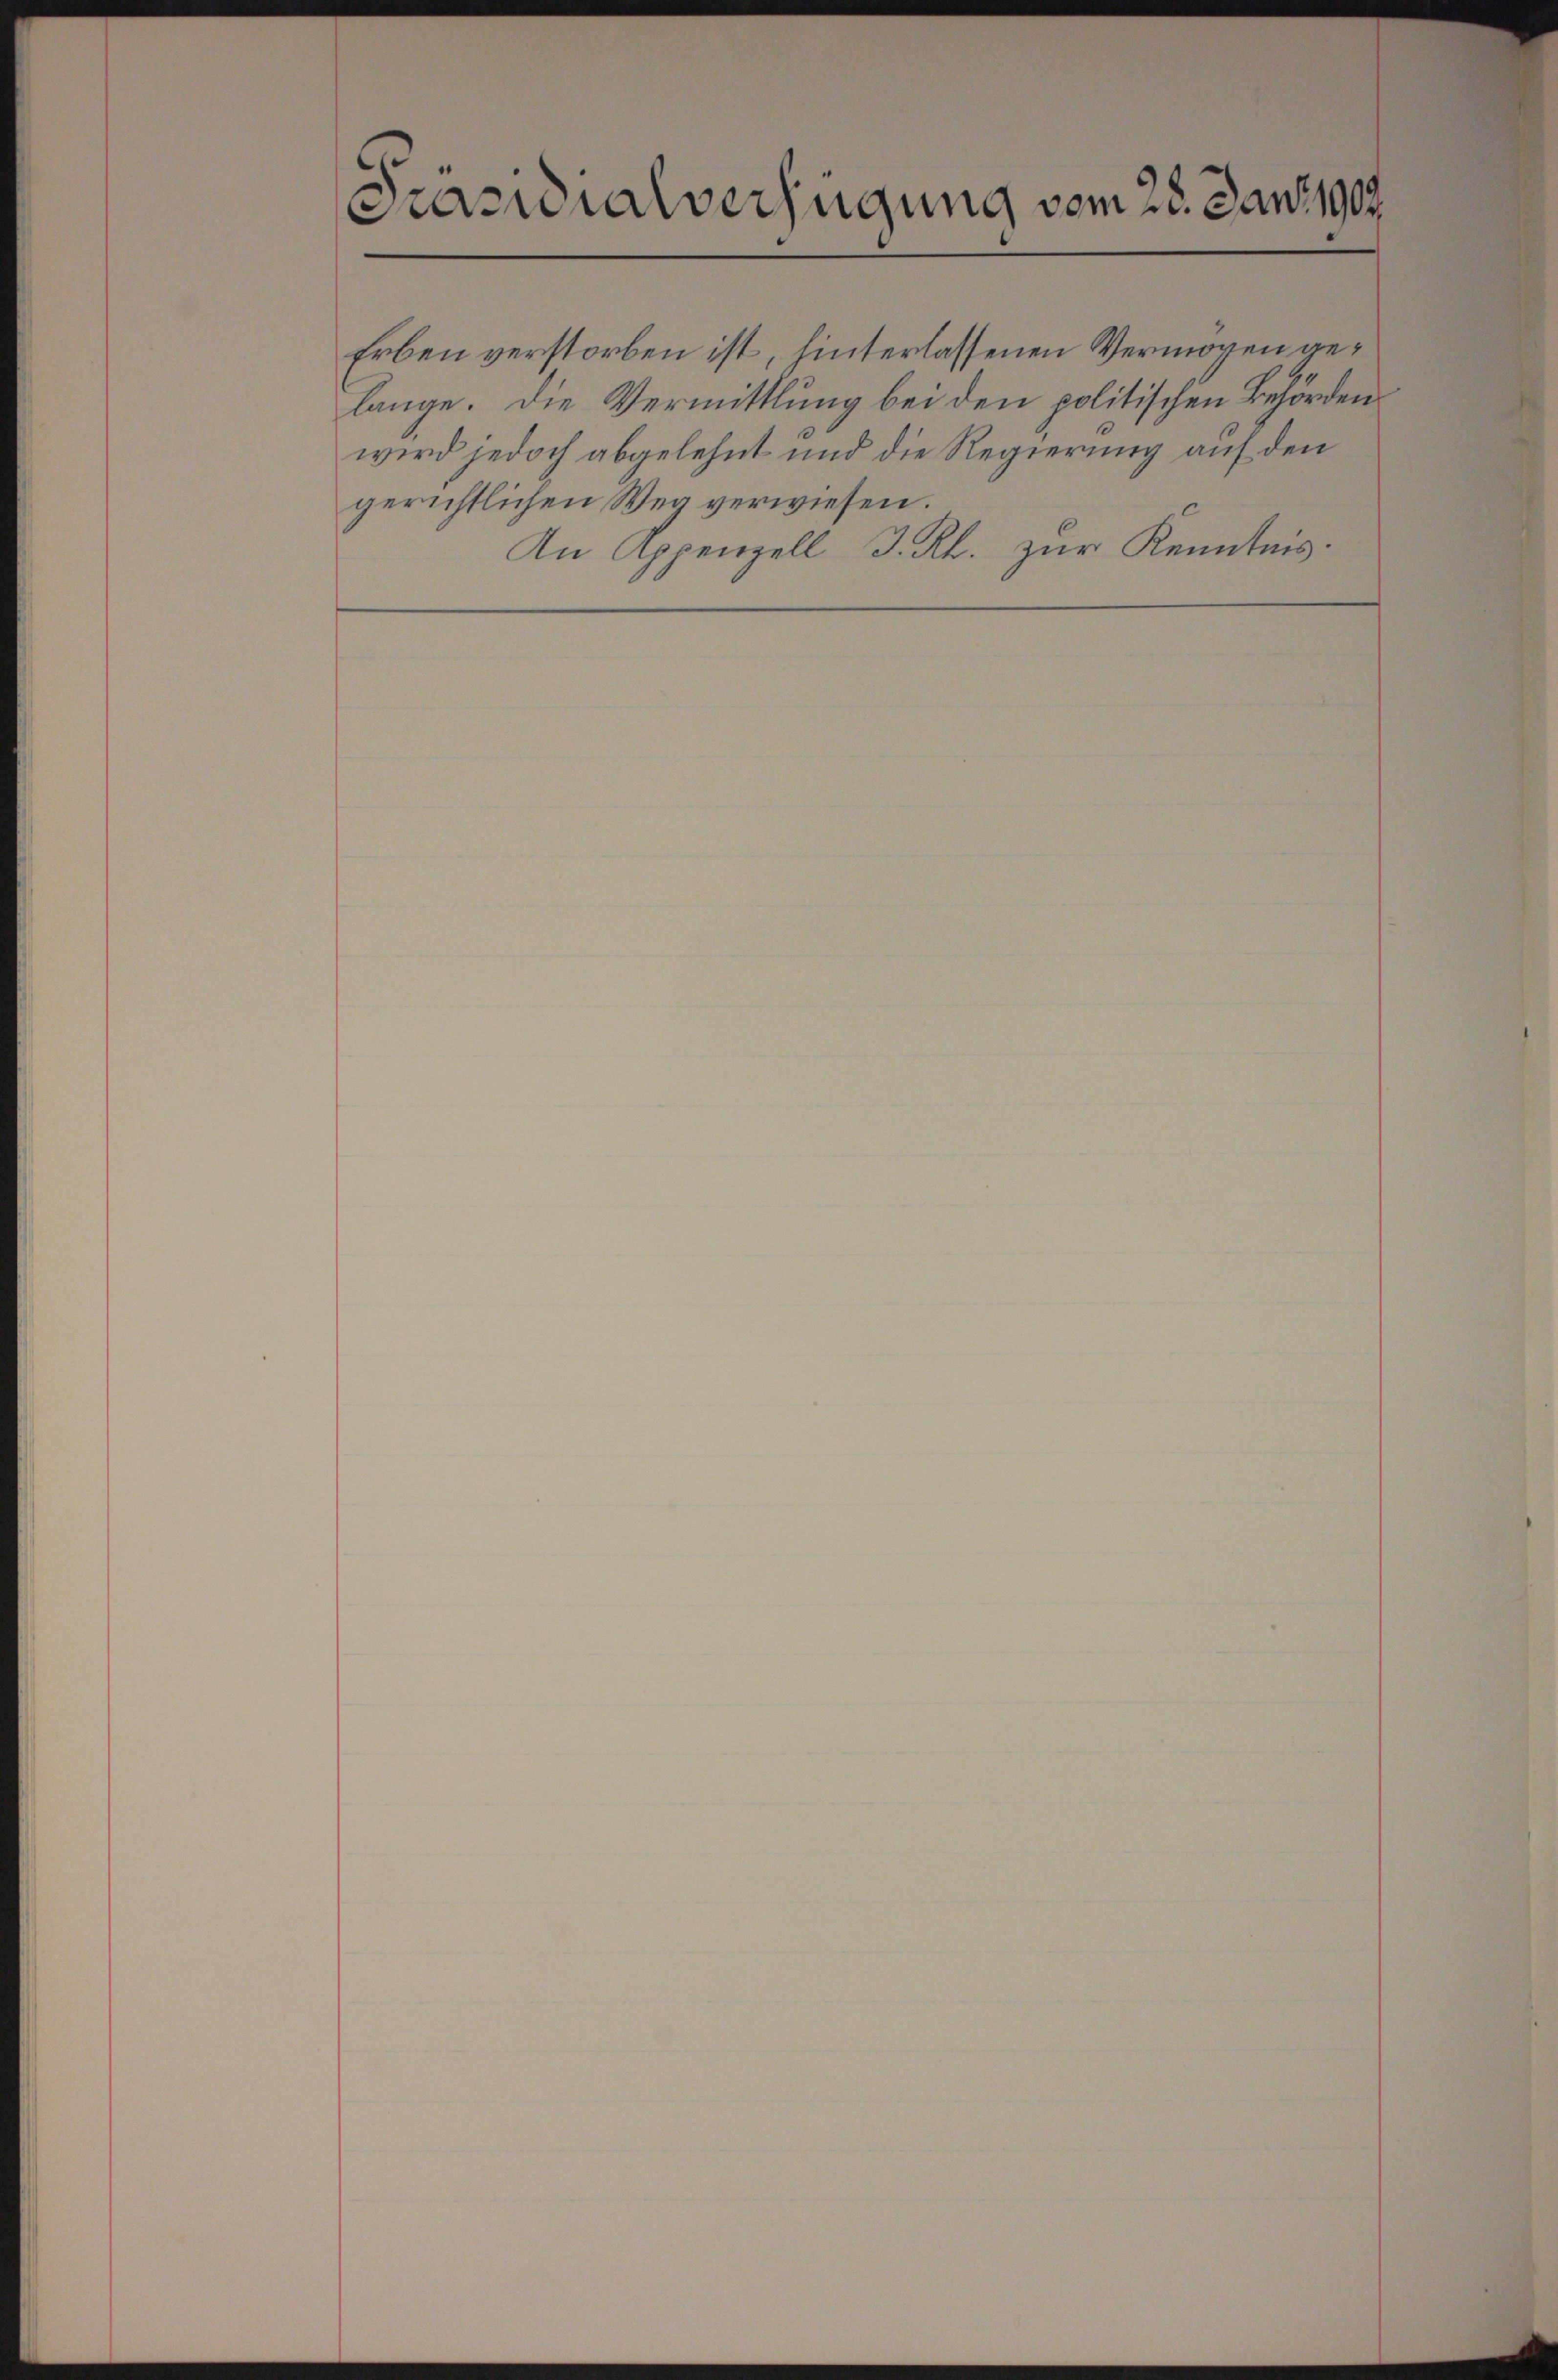
6
Präsidialverfügung vom 28. Jan. 1909

Erben verstorben ist, hinterlassenen Vermögen gelange. Die Vermittlung bei den politischen Behörden
wird jedoch abgelehnt und die Regierung auf den
gerichtlichen Weg verwiesen.
An Appenzell I.Rh. zur Kenntnis.